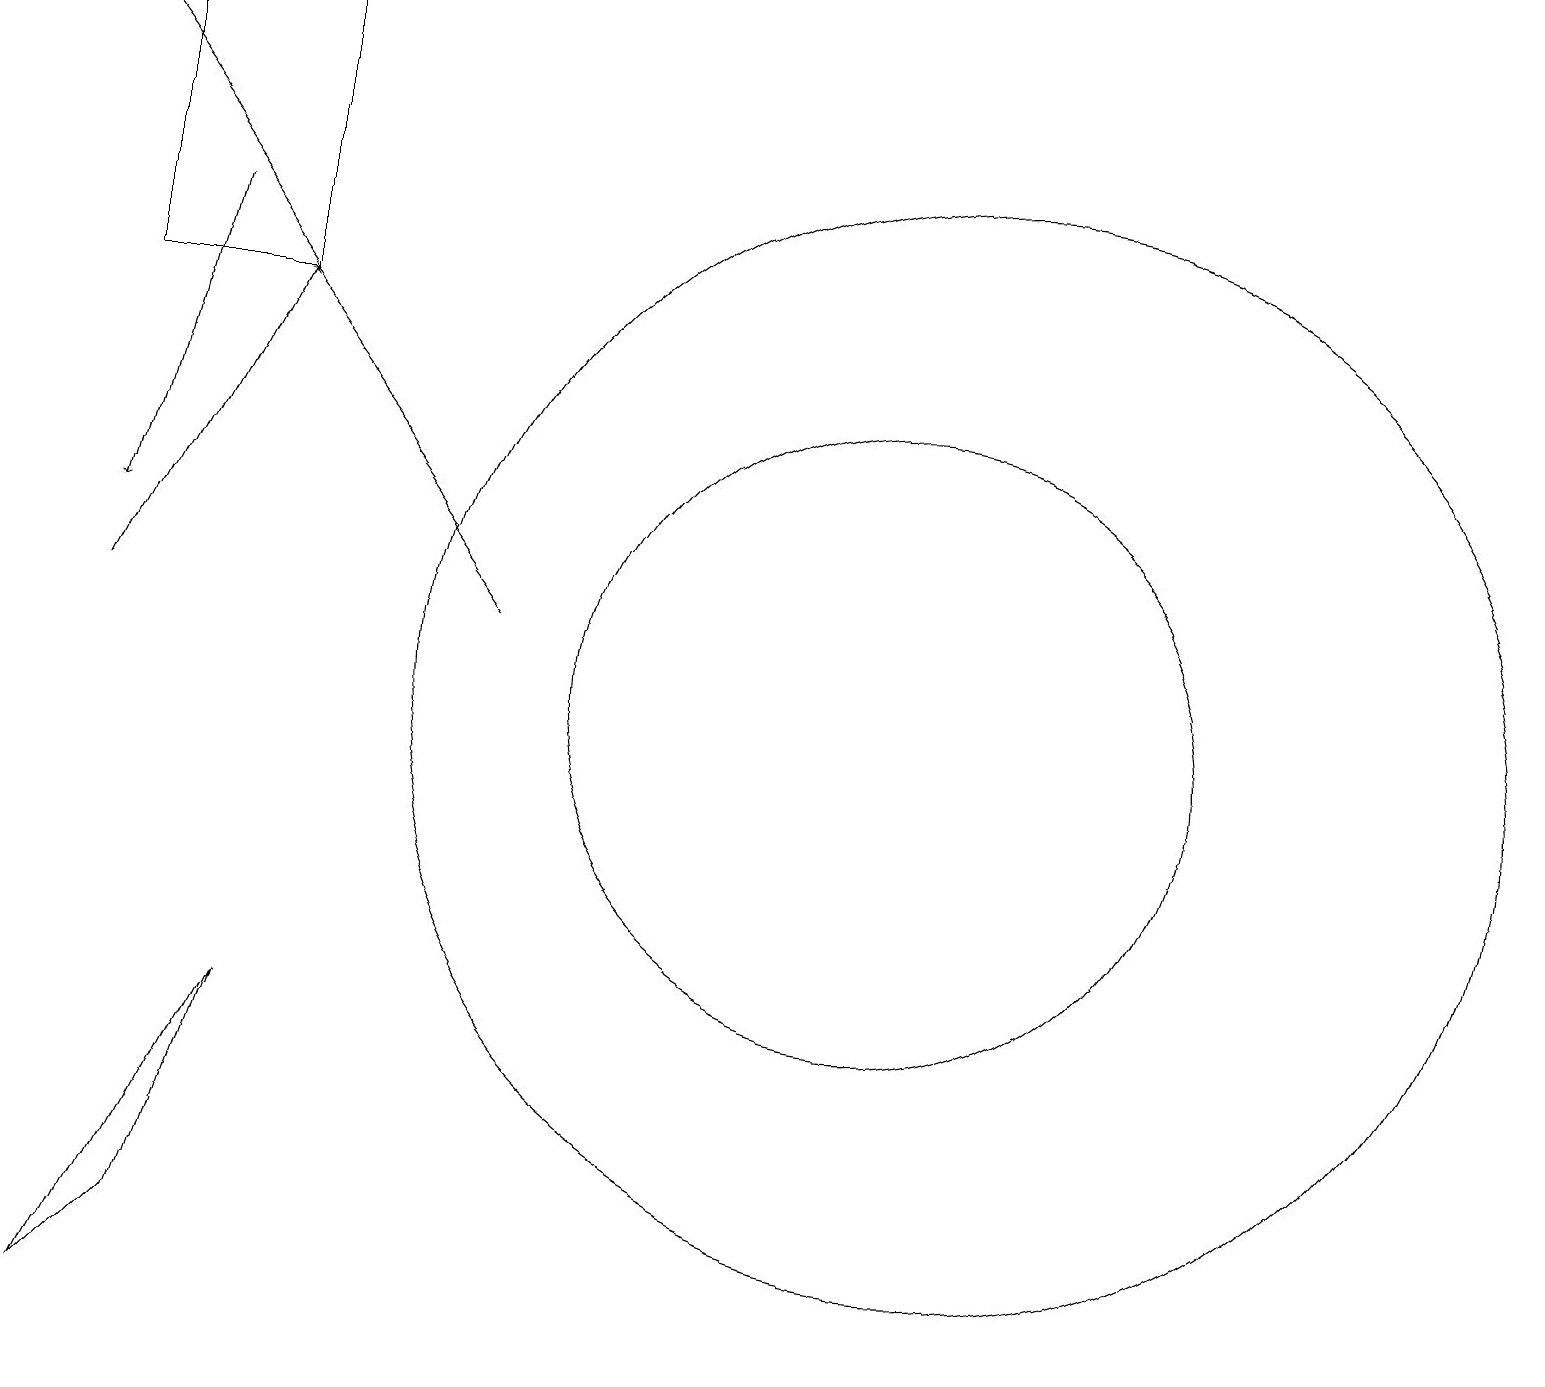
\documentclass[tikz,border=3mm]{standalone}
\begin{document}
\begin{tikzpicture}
\draw[->] (1,11) -- (3,15);
\draw (11,10) circle (4);
\draw (12,10) circle (7);
\draw (3,15) rectangle (1,19);
\draw (1,2) -- (3,6) -- (2,3) -- cycle;
\draw[->] (2,16) -- (1,12);
\draw[->] (6,11) -- (0,19);
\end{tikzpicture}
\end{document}